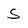
Character: S